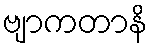
ဗျာကတာနိ